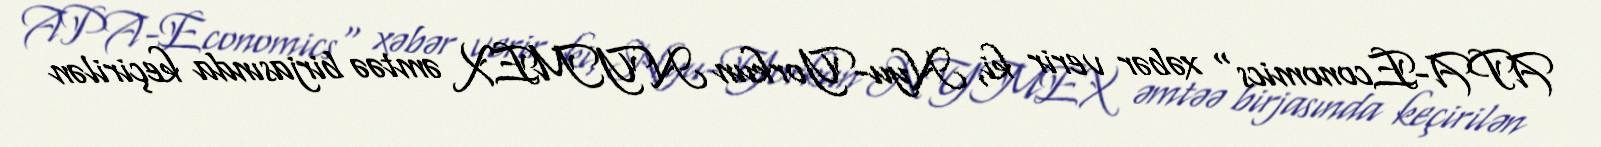
APA-Economics" xəbər verir ki, Nyu-Yorkun NYMEX əmtəə birjasında keçirilən